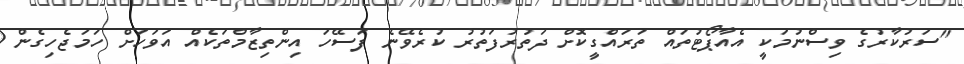
"ސަރުކާރުގެ ވިސްނުމަކީ އެއާޕޯޓުތައް ތަރައްގީކޮށް ދަތުރުފަތުރު ކުރެވޭނެ ފަސޭހަ އިންތިޒާމްތަކެއް އަވަހަށް ހަމަޖެހިގެން